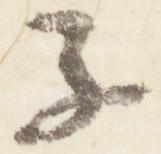
子